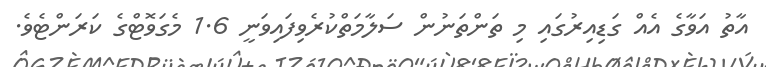
އާތު އަވާގެ އެއް ގަޑިއިރުގައި މި ތަންތަނުން ސަލާމަތްކުރެވިފައިވަނީ 1.6 މެގަވޮޓްގެ ކަރަންޓެވެ.